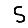
Digit: 5